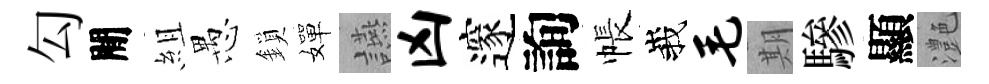
勾閒組愚鎖嬋讌凶邃詢帳峩毛期驂顯灔